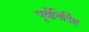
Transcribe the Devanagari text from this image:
पूर्वनिर्दिष्ट